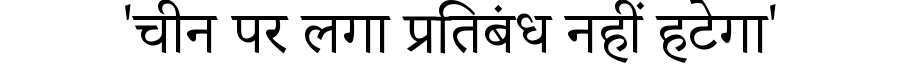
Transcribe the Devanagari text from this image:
'चीन पर लगा प्रतिबंध नहीं हटेगा'